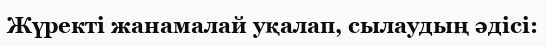
Жүректі жанамалай уқалап, сылаудың әдісі: